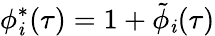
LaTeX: \phi_{\mathit{i}}^{*}(\tau)=1+\tilde{{\phi}}_{\mathit{i}}(\tau)